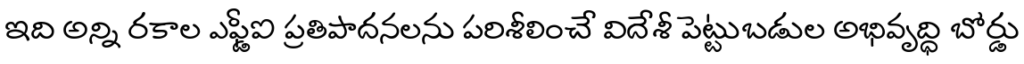
ఇది అన్ని రకాల ఎఫ్డీఐ ప్రతిపాదనలను పరిశీలించే విదేశీ పెట్టుబడుల అభివృద్ధి బోర్డు